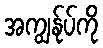
အကျွန်ုပ်ကို